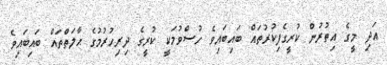
އަދި މީގެ އިތުރުން ކުރީގެފިކުރުތައް ބައިބައިވެ ހުސްވުމަކީ ކުރީގެ ދިރިހުރުމުގެ ޙާލަތްތައް ބައިބައިވެ